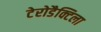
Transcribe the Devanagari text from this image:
टेरोडैक्टिला